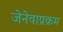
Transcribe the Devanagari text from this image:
जेनेवाप्रक्रम